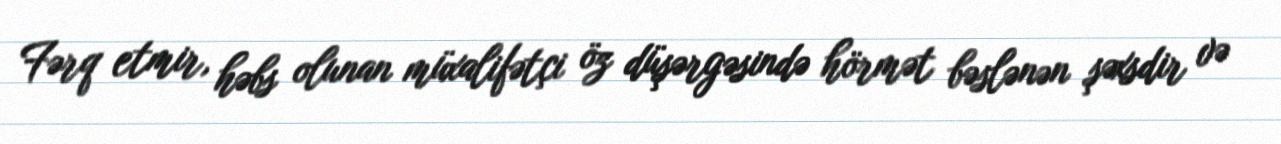
Fərq etmir, həbs olunan müxalifətçi öz düşərgəsində hörmət bəslənən şəxsdir və